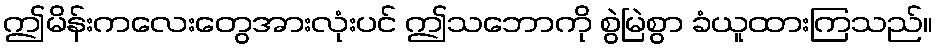
ဤမိန်းကလေးတွေအားလုံးပင် ဤသဘောကို စွဲမြဲစွာ ခံယူထားကြသည်။